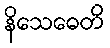
နိသေဓေတိ